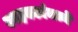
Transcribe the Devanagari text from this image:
वनहक्कांमध्ये